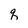
Character: q